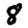
Digit: 8